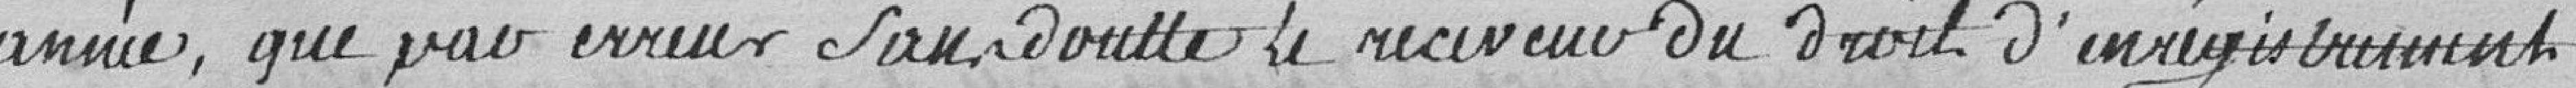
année, que par erreur sans doute le receveur du droit d'enregistrement